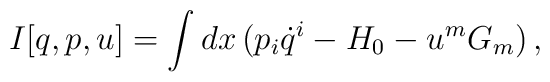
I[q,p,u]=\int dx\,(p_i \dot q^i-H_0-u^m G_m)\, ,